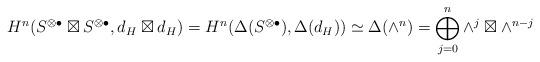
LaTeX: \begin{align*}H^{n}(S^{\otimes\bullet}\boxtimes S^{\otimes\bullet}, d_H\boxtimes d_H)=H^{n}(\Delta(S^{\otimes\bullet}),\Delta(d_H))\simeq\Delta(\wedge^n)=\bigoplus_{j=0}^n\wedge^j\boxtimes\wedge^{n-j}\end{align*}